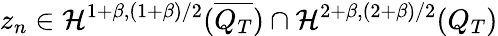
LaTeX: z_{n}\in\mathcal{H}^{1+\beta,(1+\beta)/2}(\overline{{Q_{T}}})\cap\mathcal{H}^{2+\beta,(2+\beta)/2}(Q_{T})